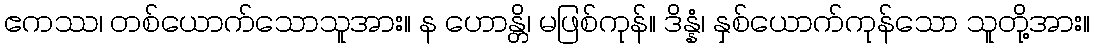
ဧကဿ၊ တစ်ယောက်သောသူအား။ န ဟောန္တိ၊ မဖြစ်ကုန်။ ဒိန္နံ၊ နှစ်ယောက်ကုန်သော သူတို့အား။